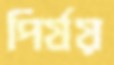
পির্যয়